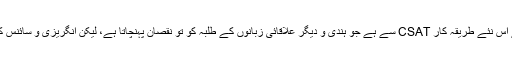
اصل دقت UPSC کے امتحان کے اس نئے طریقہ کار CSAT سے ہے جو ہندی و دیگر علاقائی زبانوں کے طلبہ کو تو نقصان پہنچاتا ہے، لیکن انگریزی و سائنس کے طلبہ کو اضافی فائدہ پہنچاتا ہے۔